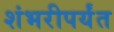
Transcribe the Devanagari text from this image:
शंभरीपर्यंत